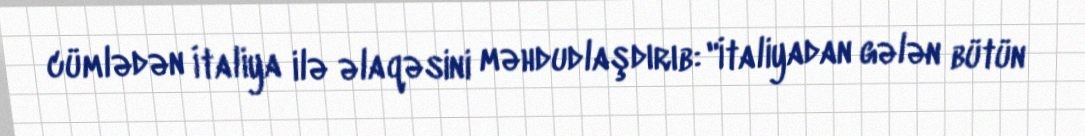
cümlədən İtaliya ilə əlaqəsini məhdudlaşdırıb: "İtaliyadan gələn bütün